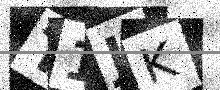
Text: T1JK